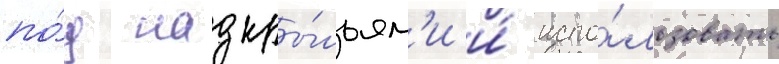
по́д надкры́льям'и и́ испо́льзовать